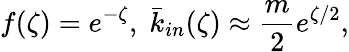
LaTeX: f(\zeta)=e^{-\zeta},\; \bar{k}_{in}(\zeta)\approx\frac{m}{2}e^{\zeta/2},